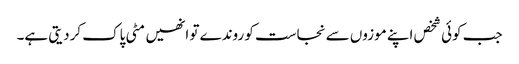
جب کوئی شخص اپنے موزوں سے نجاست کو روندے تو انھیں مٹی پاک کردیتی ہے۔